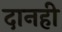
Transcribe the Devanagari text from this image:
दानही